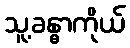
သူ့ခန္ဓာကိုယ်